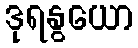
ဒုရနွယော